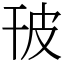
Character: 𤿊